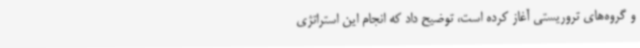
و گروه‌های تروریستی آغاز کرده است، توضیح داد که انجام این استراتژی